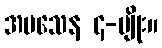
အပသေန ၄-မျိုး။